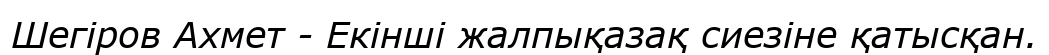
Шегіров Ахмет - Екінші жалпықазақ сиезіне қатысқан.